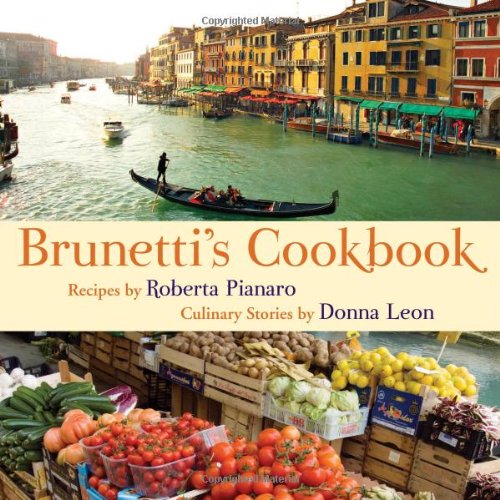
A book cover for Brunetti's Cookbook; Roberta Pianaro; Cookbooks, Food & Wine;